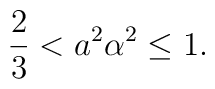
\frac23<a^2\alpha^2\leq1.